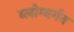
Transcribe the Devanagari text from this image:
ब्लोम्बर्गन